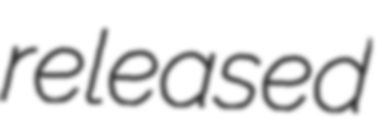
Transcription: released